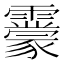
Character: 𩆬